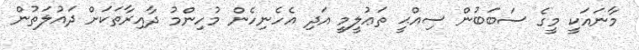
މާނައަކީ މީގެ ސަބަބުން ސިއްޙީ ތަޢުލީމީ އަދި އެހެނިހެން މުހިންމު ދާއިރާތަކަށް ދައުލަތުން